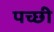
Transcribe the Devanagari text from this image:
पच्‍छी